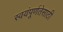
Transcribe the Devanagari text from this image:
स्वयंपूर्णतेसाठी